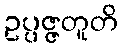
ဥပ္ပဇ္ဇတူတိ